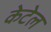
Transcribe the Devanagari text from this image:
केटेल